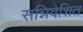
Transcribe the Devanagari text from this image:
सन्निवेशित